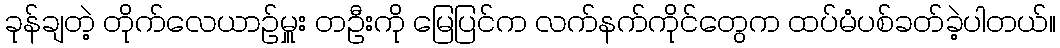
ခုန်ချတဲ့ တိုက်လေယာဉ်မှူး တဦးကို မြေပြင်က လက်နက်ကိုင်တွေက ထပ်မံပစ်ခတ်ခဲ့ပါတယ်။